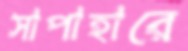
সাপাহারে